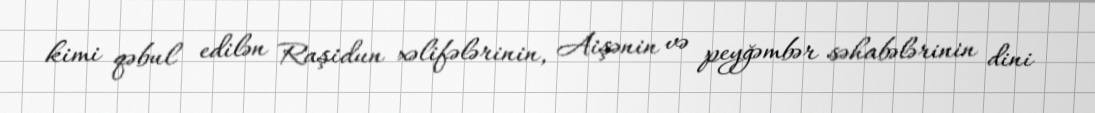
kimi qəbul edilən Raşidun xəlifələrinin, Aişənin və peyğəmbər səhabələrinin dini